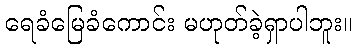
ရေခံမြေခံကောင်း မဟုတ်ခဲ့ရှာပါဘူး။